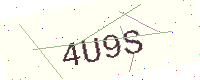
Text: 4U9S